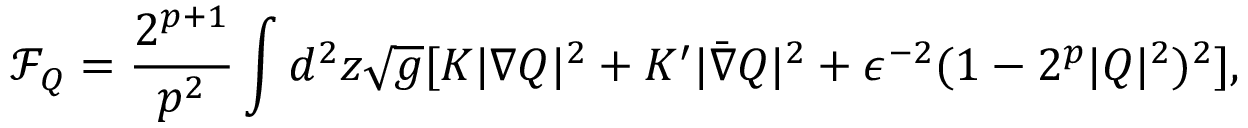
\mathcal F _ { Q } = \frac { 2 ^ { p + 1 } } { p ^ { 2 } } \int d ^ { 2 } z \sqrt { g } [ K | \nabla Q | ^ { 2 } + K ^ { \prime } | \bar { \nabla } Q | ^ { 2 } + \epsilon ^ { - 2 } ( 1 - 2 ^ { p } | Q | ^ { 2 } ) ^ { 2 } ] ,